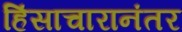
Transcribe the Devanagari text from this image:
हिंसाचारानंतर